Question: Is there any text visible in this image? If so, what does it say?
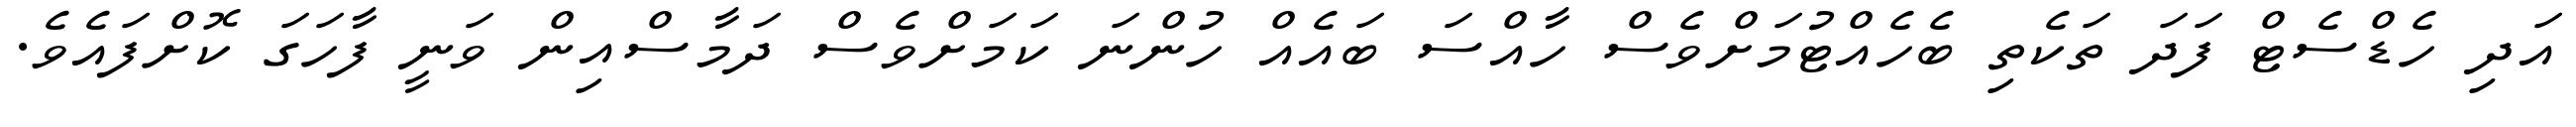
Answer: އަދި ހެޑްސެޓް ފަދަ ތަކެތި ބެހެއްޓުމަށްވެސް ހާއްސަ ބައެއް ހުންނަ ކަމަށްވެސް ދަމާސްއިން ވަނީ ފާހަގަ ކޮށްފައެވެ.